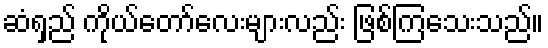
ဆံရှည် ကိုယ်တော်လေးများလည်း ဖြစ်ကြသေးသည်။